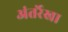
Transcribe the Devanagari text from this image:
अंतर्रेखा